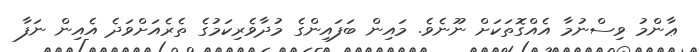
ޢާންމު ވިސްނުމާ އެއްގޮތަކަށް ނޫނެވެ. މައިން ބަފައިންގެ މުދާވެރިކަމުގެ ތެރެއަށްވަދެ އެއިން ނަފާ